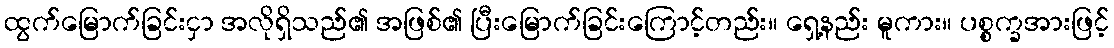
ထွက်မြောက်ခြင်းငှာ အလိုရှိသည်၏ အဖြစ်၏ ပြီးမြောက်ခြင်းကြောင့်တည်း။ ရှေ့နည်း မူကား။ ပစ္စက္ခအားဖြင့်